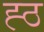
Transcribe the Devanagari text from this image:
ह्ठ